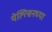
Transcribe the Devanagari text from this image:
येल्त्सिनच्या